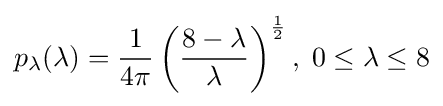
p_{\lambda }(\lambda )={\frac {1}{4\pi }}\left({\frac {8-\lambda }{\lambda }}\right)^{\frac {1}{2}},\;0\leq \lambda \leq 8